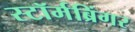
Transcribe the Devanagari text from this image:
स्टॉर्मब्रिंगर